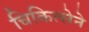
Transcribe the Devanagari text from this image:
चिकित्सेने